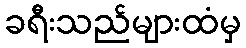
ခရီးသည်များထံမှ